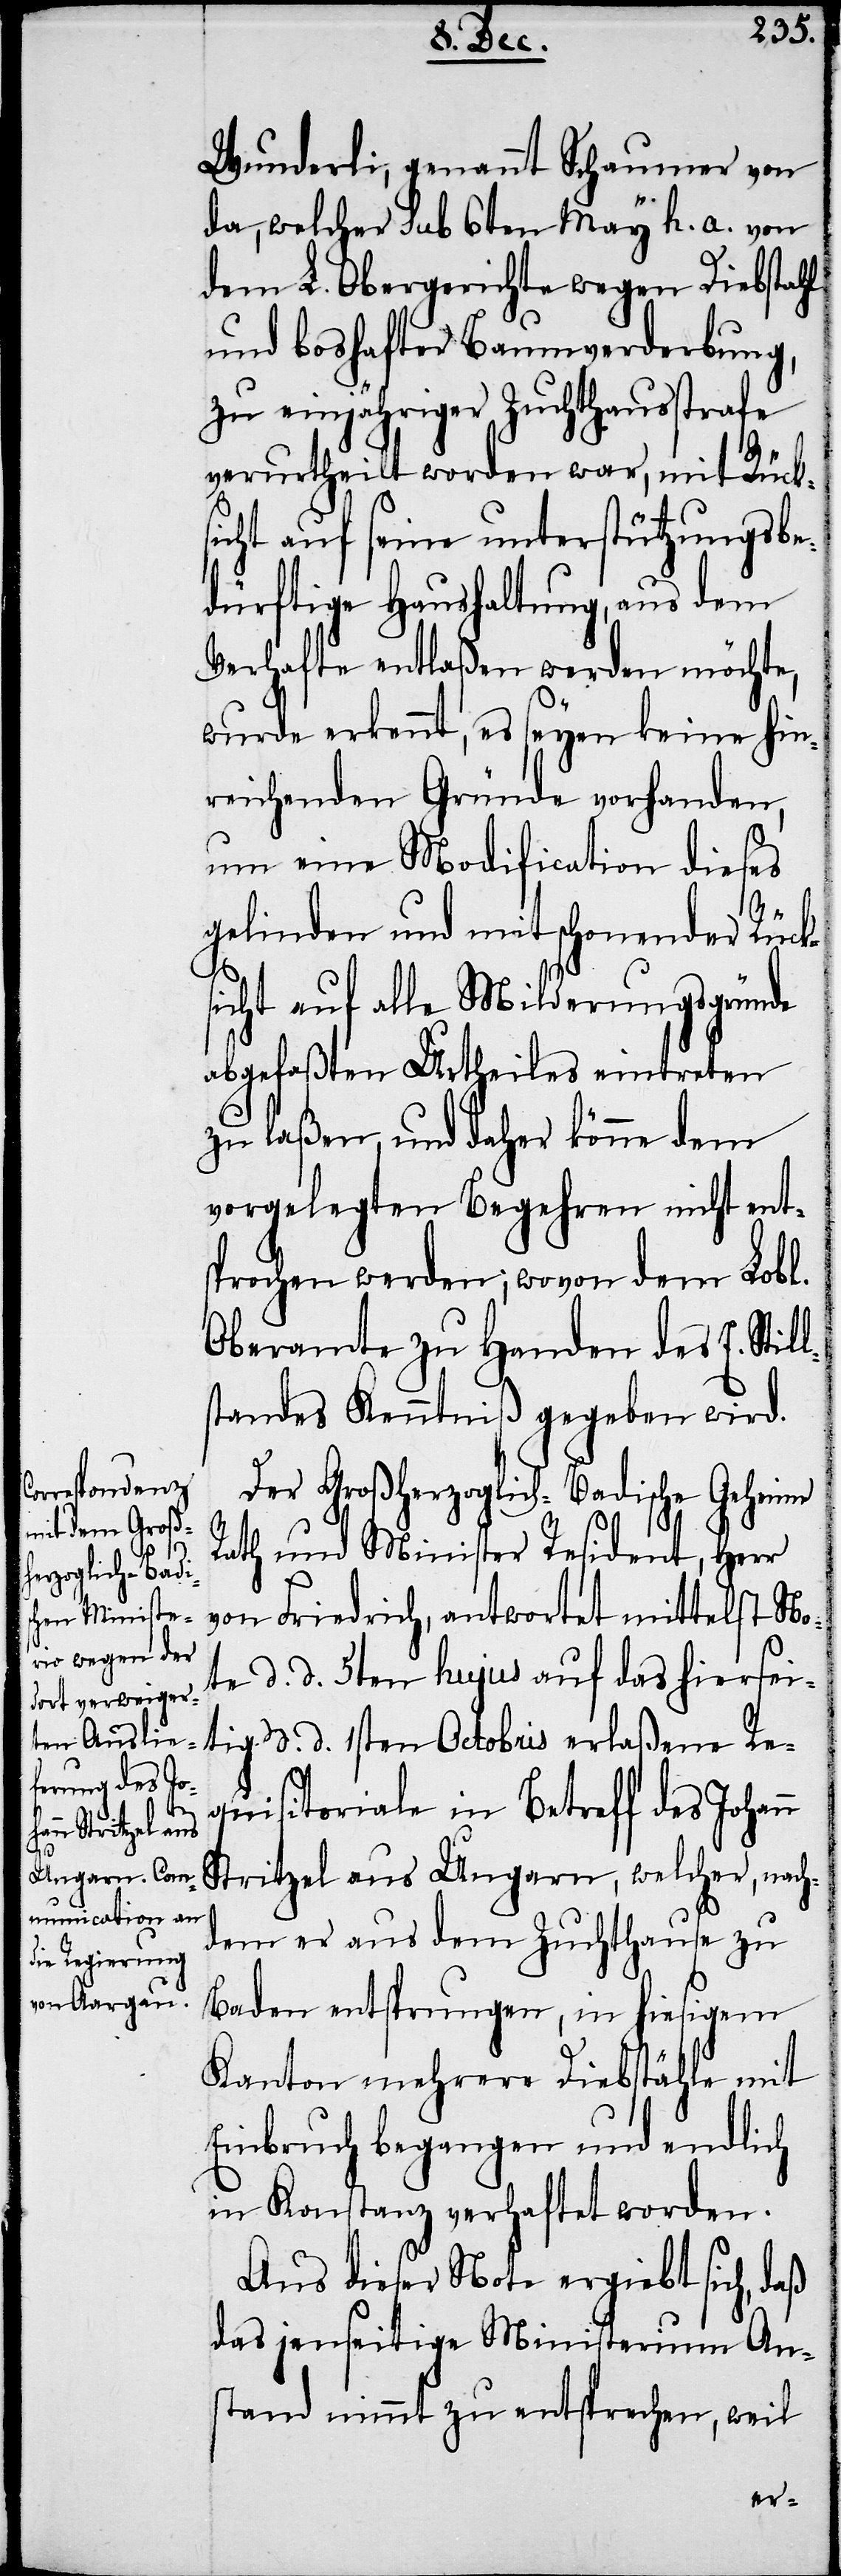
n

Wunderli, genannt Schaumer von
da, welcher sub 6ten May h. a. von
dem L. Obergerichte wegen Diebstahl
und boshafter Baumverderbung,
zu einjähriger Zuchthausstrafe
verurtheilt worden war, mit Rück¬
sicht auf seine unterstützungsbe¬
dürftige Haushaltung, aus dem
Verhafte entlaßen werden möchte,
wurde erkennt, es seyen keine hin¬
reichenden Gründe vorhanden,
um eine Modification dieses
gelinden und mit schonender Rück¬
sicht auf alle Milderungsgründe
abgefaßten Urtheiles eintreten
zu laßen, und daher könne dem
vorgelegten Begehren nicht ents¬
prochen werden; wovon dem Lobl.
Oberamte zu Handen des E. Still¬
standes Kenntniß gegeben wird.
Der Großherzoglich-Badische Geheime
Rath und Minister Resident, Herr
von Friedrich, antwortet mittelst No¬
te d. d. 5ten hujus auf das hiersei¬
tig d. d. 1sten Octobris erlaßene Re¬
quisitoriale in Betreff des Johan¬
Stritzel aus Ungarn, welcher, nach¬
dem er aus dem Zuchthause zu
Baden entsprungen, in hiesigem
Kanton mehrere Diebstähle mit
Einbruch begangen und endlich
in Konstanz verhaftet worden.
Aus dieser Note ergiebt sich, daß
das jenseitige Ministerium An¬
stand nimmt zu entsprechen, weil